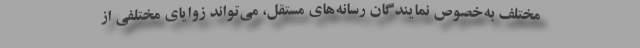
مختلف به‌خصوص نمایندگان رسانه‌های مستقل، می‌تواند زوایای مختلفی از